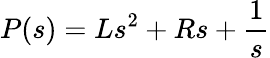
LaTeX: P(s)=Ls^{2}+Rs+{\frac{1}{s}}